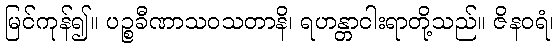
မြင်ကုန်၍။ ပဉ္စခီဏာသဝသတာနိ၊ ရဟန္တာငါးရာတို့သည်။ ဇိနဝရံ၊